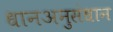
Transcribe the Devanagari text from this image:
धानअनुसंधान